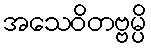
အသေဝိတဗ္ဗမ္ပိ